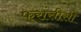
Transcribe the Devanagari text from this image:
फरांसीसी